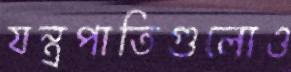
যন্ত্রপাতিগুলোও